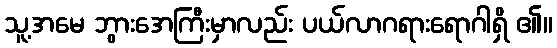
သူ့အမေ ဘွားအေကြီးမှာလည်း ပယ်လာဂရားရောဂါရှိ ၏။